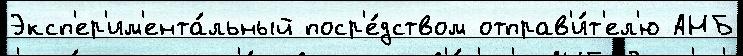
Эксп'ер'им'ента́льный поср'е́дством отправ'и́т'ел'ю АНБ